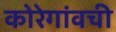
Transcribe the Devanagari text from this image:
कोरेगांवची